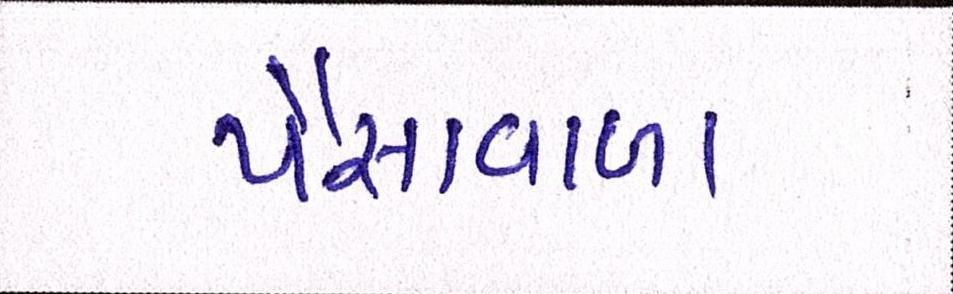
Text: પૈસાવાળા